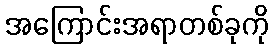
အကြောင်းအရာတစ်ခုကို